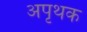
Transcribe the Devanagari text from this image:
अपृथक